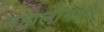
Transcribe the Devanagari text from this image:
ब्रह्मलीनश्री